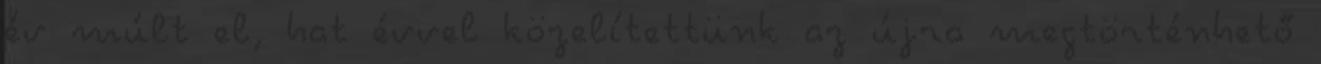
év múlt el, hat évvel közelítettünk az újra megtörténhető